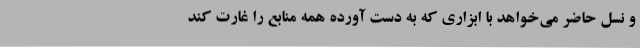
و نسل حاضر می‌خواهد با ابزاری که به دست آورده همه منابع را غارت کند